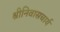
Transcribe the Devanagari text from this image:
श्रीनिवासचार्य